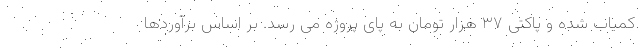
کمیاب شده و پاکتی ۳۷ هزار تومان به پای پروژه می رسد. بر اساس برآوردها